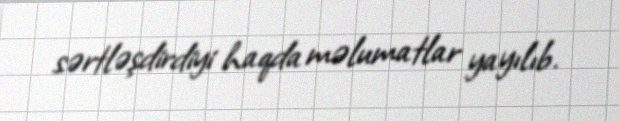
sərtləşdirdiyi haqda məlumatlar yayılıb.